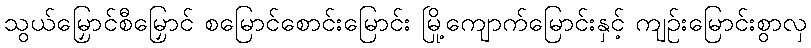
သွယ်မြှောင်စီမြှောင် စမြောင်စောင်းမြောင်း မြို့ကျောက်မြောင်းနှင့် ကျဉ်းမြောင်းစွာလှ